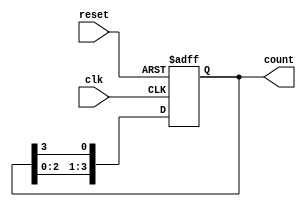
module ring_counter #(
    parameter N = 4  // Parameter to define the number of flip-flops
)(
    input wire clk,   // Clock input
    input wire reset, // Asynchronous reset input
    output reg [N-1:0] count // Output of the ring counter
);

// Initial state for the ring counter
initial begin
    count = 1'b1; // Start with the first flip-flop set to '1' (e.g., 1000 for N=4)
end

// Always block for the ring counter operation
always @(posedge clk or posedge reset) begin
    if (reset) begin
        count <= 1'b1; // Reset the ring counter to initial state (e.g., 1000)
    end else begin
        // Shift the '1' to the right
        count <= {count[N-2:0], count[N-1]}; // Shift left and wrap the last bit
    end
end

endmodule